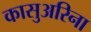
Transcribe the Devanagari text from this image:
कासुअरिना